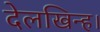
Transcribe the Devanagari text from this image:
देलखिन्ह।